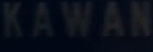
KAWAN